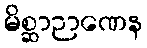
မိစ္ဆာဉာဏေန